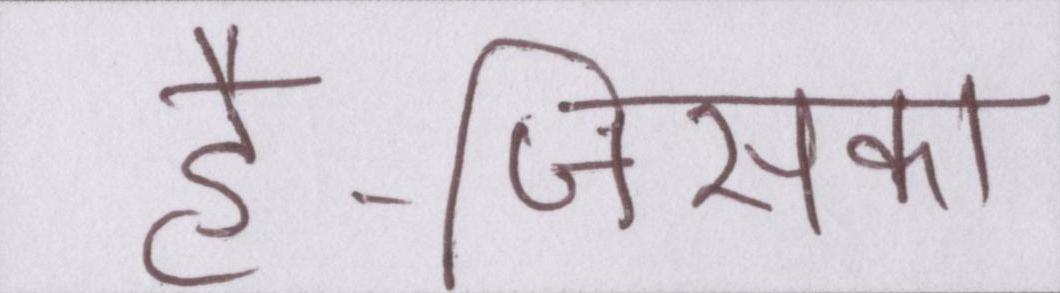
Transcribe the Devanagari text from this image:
है-जिसका